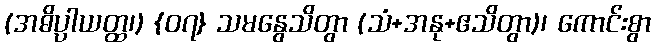
(အဓိပ္ပာယတ္ထ၊) {၀၇} သမနွေသိတွာ (သံ+အနု+ဧသိတွာ)၊ ကောင်းစွာ